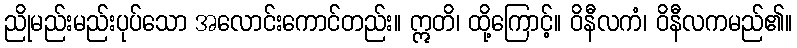
ညိုမည်းမည်းပုပ်သော အလောင်းကောင်တည်း။ ဣတိ၊ ထို့ကြောင့်။ ဝိနီလကံ၊ ဝိနီလကမည်၏။